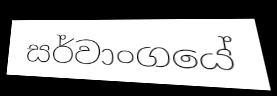
සර්වාංගයේ